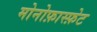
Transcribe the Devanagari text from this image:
मोनोफ़ास्फ़ेट